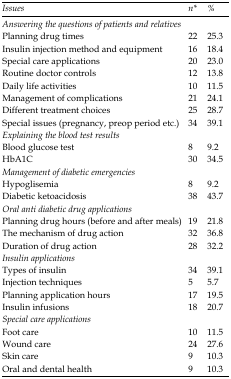
<table><thead><tr><td><b>Issues</b></td><td><b>n*</b></td><td><b>%</b></td></tr></thead><tbody><tr><td colspan="3"><i>Answering the questions of patients and relatives</i></td></tr><tr><td>Planning drug times</td><td>22</td><td>25.3</td></tr><tr><td>Insulin injection method and equipment</td><td>16</td><td>18.4</td></tr><tr><td>Special care applications</td><td>20</td><td>23.0</td></tr><tr><td>Routine doctor controls</td><td>12</td><td>13.8</td></tr><tr><td>Daily life activities</td><td>10</td><td>11.5</td></tr><tr><td>Management of complications</td><td>21</td><td>24.1</td></tr><tr><td>Different treatment choices</td><td>25</td><td>28.7</td></tr><tr><td>Special issues (pregnancy, preop period etc.)</td><td>34</td><td>39.1</td></tr><tr><td colspan="3"><i>Explaining the blood test results</i></td></tr><tr><td>Blood glucose test</td><td>8</td><td>9.2</td></tr><tr><td>HbA1C</td><td>30</td><td>34.5</td></tr><tr><td colspan="3"><i>Management of diabetic emergencies</i></td></tr><tr><td>Hypoglisemia</td><td>8</td><td>9.2</td></tr><tr><td>Diabetic ketoacidosis</td><td>38</td><td>43.7</td></tr><tr><td colspan="3"><i>Oral anti diabetic drug applications</i></td></tr><tr><td>Planning drug hours (before and after meals)</td><td>19</td><td>21.8</td></tr><tr><td>The mechanism of drug action</td><td>32</td><td>36.8</td></tr><tr><td>Duration of drug action</td><td>28</td><td>32.2</td></tr><tr><td colspan="3"><i>Insulin applications</i></td></tr><tr><td>Types of insulin</td><td>34</td><td>39.1</td></tr><tr><td>Injection techniques</td><td>5</td><td>5.7</td></tr><tr><td>Planning application hours</td><td>17</td><td>19.5</td></tr><tr><td>Insulin infusions</td><td>18</td><td>20.7</td></tr><tr><td colspan="3"><i>Special care applications</i></td></tr><tr><td>Foot care</td><td>10</td><td>11.5</td></tr><tr><td>Wound care</td><td>24</td><td>27.6</td></tr><tr><td>Skin care</td><td>9</td><td>10.3</td></tr><tr><td>Oral and dental health</td><td>9</td><td>10.3</td></tr></tbody></table>